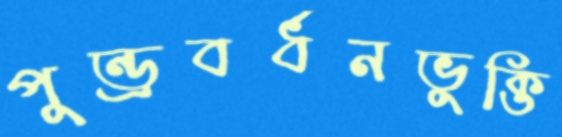
পুন্ড্রবর্ধনভুক্তি